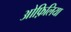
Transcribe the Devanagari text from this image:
ओफ़िलिया